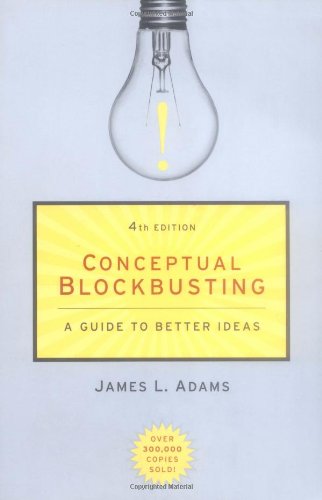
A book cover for Conceptual Blockbusting: A Guide to Better Ideas; James L. Adams; Health, Fitness & Dieting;